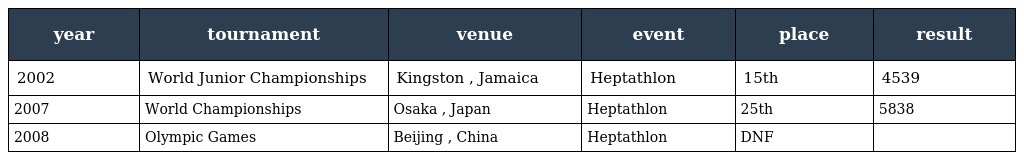
| year | tournament | venue | event | place | result |
 | --- | --- | --- | --- | --- | --- |
 | 2002 | World Junior Championships | Kingston , Jamaica | Heptathlon | 15th | 4539 |
 | 2007 | World Championships | Osaka , Japan | Heptathlon | 25th | 5838 |
 | 2008 | Olympic Games | Beijing , China | Heptathlon | DNF |  |